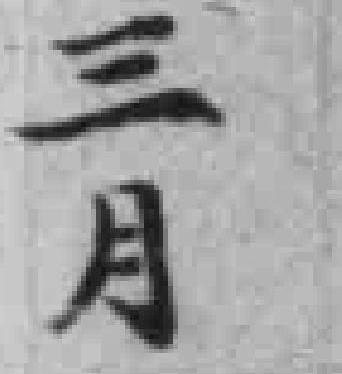
三月